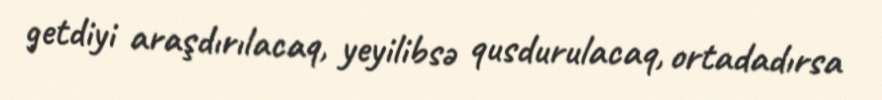
getdiyi araşdırılacaq, yeyilibsə qusdurulacaq, ortadadırsa